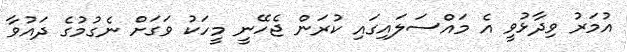
އުމަރު ވިދާޅުވީ އެ މައްސަލައިގައި ކުރަން ޖެހޭނީ މީހަކު ވަގަށް ނެގުމުގެ ދައުވާ